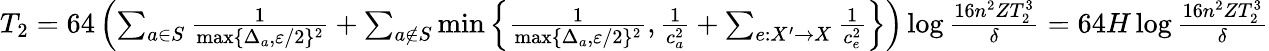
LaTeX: \begin{array}{r}{T_{2}=64\left(\sum_{a\in S}\frac{1}{\operatorname*{max}\{ \Delta_{a},\varepsilon/2\} ^{2}}+\sum_{a\notin S}\operatorname*{min}\left\{ \frac{1}{\operatorname*{max}\{ \Delta_{a},\varepsilon/2\} ^{2}},\frac{1}{c_{a}^{2}}+\sum_{e:X^{\prime}\to X}\frac{1}{c_{e}^{2}}\right\} \right)\log\frac{16n^{2}ZT_{2}^{3}}{\delta}=64H\log\frac{16n^{2}ZT_{2}^{3}}{\delta}}\end{array}